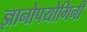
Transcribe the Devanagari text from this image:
ज्ञानोपयोगिनी